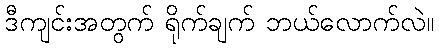
ဒီကျင်းအတွက် ရိုက်ချက် ဘယ်လောက်လဲ။